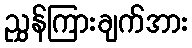
ညွှန်ကြားချက်အား